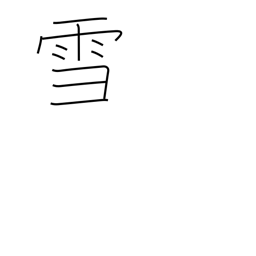
Meaning: snow